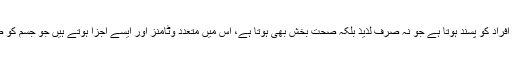
ایک تحقیق کے مطابق بادام ایسا میوہ ہے جو اکثر افراد کو پسند ہوتا ہے جو نہ صرف لذیذ بلکہ صحت بخش بھی ہوتا ہے، اس میں متعدد وٹامنز اور ایسے اجزا ہوتے ہیں جو جسم کو صحت مند اور شخصیت کو خوبصورت بناتے ہیں۔